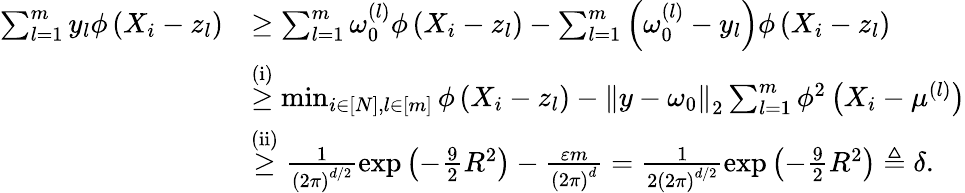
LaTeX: \begin{array}{rl}{\sum_{l=1}^{m}y_{l}\phi\left(X_{i}-z_{l}\right)}&{\geq\sum_{l=1}^{m}\omega_{0}^{(l)}\phi\left(X_{i}-z_{l}\right)-\sum_{l=1}^{m}\left(\omega_{0}^{(l)}-y_{l}\right)\phi\left(X_{i}-z_{l}\right)}\\ &{\overset{\mathrm{(i)}}{\geq}\operatorname*{min}_{i\in\left[N\right],l\in\left[m\right]}\phi\left(X_{i}-z_{l}\right)-\left\Vert y-\omega_{0}\right\Vert_{2}\sum_{l=1}^{m}\phi^{2}\left(X_{i}-\mu^{(l)}\right)}\\ &{\overset{\mathrm{(ii)}}{\geq}\frac{1}{\left(2\pi\right)^{d/2}}\exp\left(-\frac{9}{2}R^{2}\right)-\frac{\varepsilon m}{\left(2\pi\right)^{d}}=\frac{1}{2\left(2\pi\right)^{d/2}}\exp\left(-\frac{9}{2}R^{2}\right)\triangleq\delta.}\end{array}